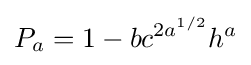
P_{a}=1-bc^{2a^{1/2}}h^{a}